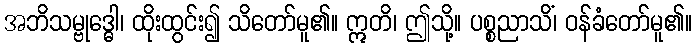
အဘိသမ္ဗုဒ္ဓေါ၊ ထိုးထွင်း၍ သိတော်မူ၏။ ဣတိ၊ ဤသို့။ ပစ္စညာသိံ၊ ဝန်ခံတော်မူ၏။